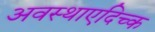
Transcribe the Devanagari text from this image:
अवस्थाएदिच्क